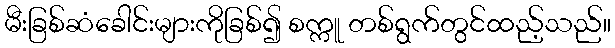
မီးခြစ်ဆံခေါင်းများကိုခြစ်၍ စက္ကူ တစ်ရွက်တွင်ထည့်သည်။